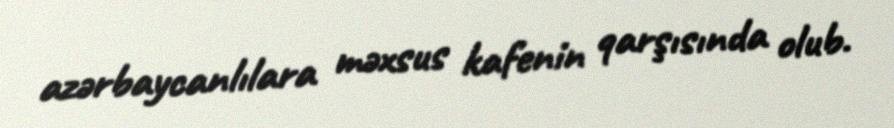
azərbaycanlılara məxsus kafenin qarşısında olub.